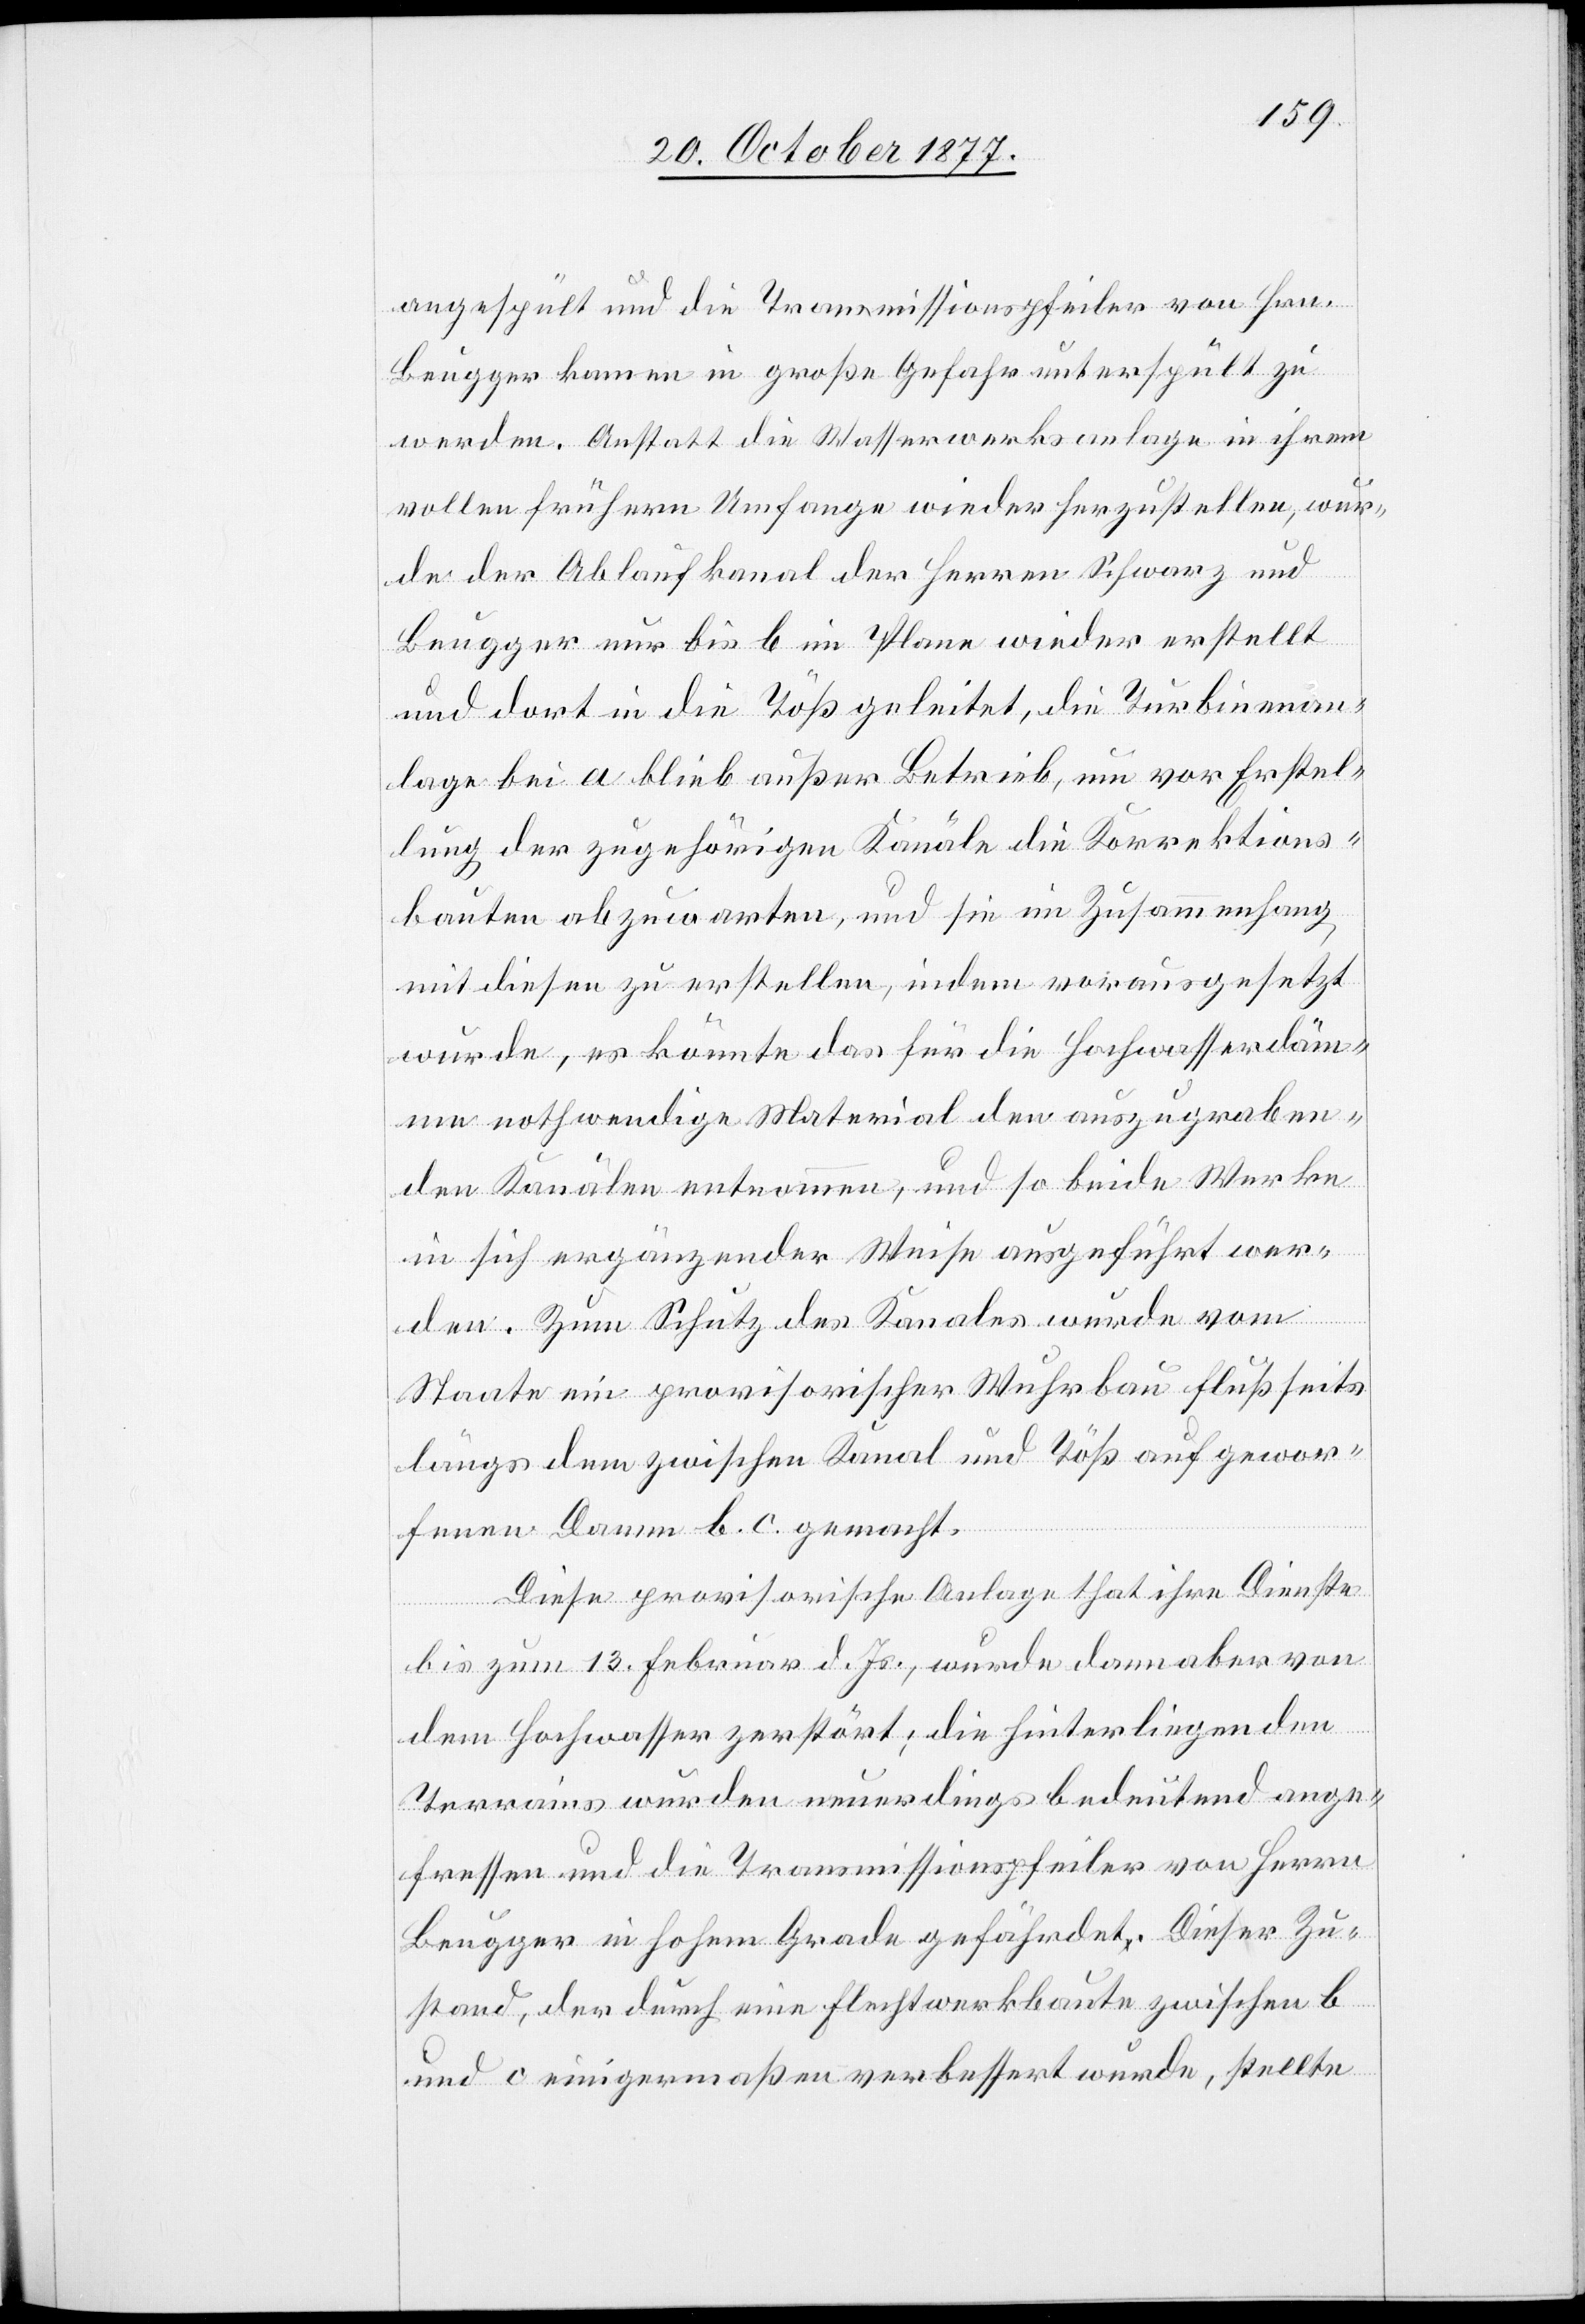
angespült und die Transmissionspfeiler von Hrn.
Beugger kamen in große Gefahr unterspült zu
werden. Anstatt die Wasserwerksanlage in ihrem
vollen frühern Umfange wieder herzustellen, wur¬
de der Ablaufkanal der Herren Schwarz und
Beugger nur bis b im Plane wieder erstellt
und dort in die Töß geleitet, die Turbinenan¬
lage bei a blieb außer Betrieb, um vor Erstel¬
lung der zugehörigen Kanäle die Korrektions¬
bauten abzuwarten, und sie im Zusammenhang
mit diesen zu erstellen, indem vorausgesetzt
wurde, es könnte das für die Hochwasserdäm¬
me nothwendige Material den auszugraben¬
den Kanälen entnommen, und so beide Werke
in sich ergänzender Weise ausgeführt wer¬
den. Zum Schutz des Kanales wurde vom
Staate ein provisorischer Wuhrbau flußseits
längs dem zwischen Kanal und Töß aufgewor¬
fenen Damm b. c. gemacht.
Diese provisorische Anlage that ihre Dienste
bis zum 13. Februar d. Js., wurde dann aber von
dem Hochwasser zerstört; die hinterliegenden
Terrains wurden neuerdings bedeutend ange¬
fressen und die Transmissionspfeiler von Herrn
Beugger in hohem Grade gefährdet. Dieser Zu¬
stand, der durch eine Flechtwerkbaute zwischen b
und c einigermaßen verbessert wurde, stellte